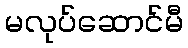
မလုပ်ဆောင်မီ